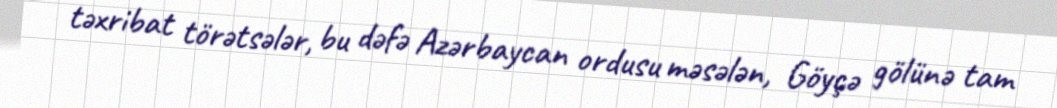
təxribat törətsələr, bu dəfə Azərbaycan ordusu məsələn, Göyçə gölünə tam